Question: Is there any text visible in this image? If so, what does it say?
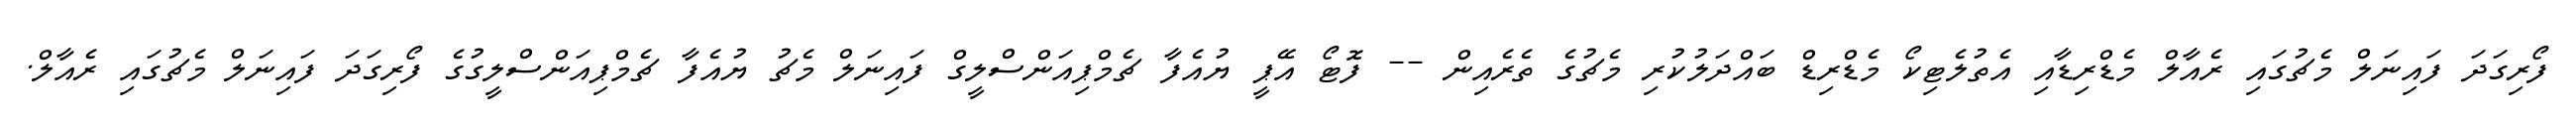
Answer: ފޯރިގަދަ ފައިނަލް މެޗުގައި ރެއާލް މެޑްރިޑާއި އެތުލެޓިކޯ މެޑްރިޑް ބައްދަލުކުރި މެޗުގެ ތެރެއިން -- ފޮޓޯ އޭޕީ ޔުއެފާ ޗެމްޕިއަންސްލީގް ފައިނަލް މެޗު ޔުއެފާ ޗެމްޕިއަންސްލީގުގެ ފޯރިގަދަ ފައިނަލް މެޗުގައި ރެއާލް.